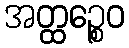
အတ္ထဉ္စေဝ